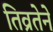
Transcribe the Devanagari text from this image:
तिव्रतेने